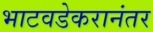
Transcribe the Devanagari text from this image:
भाटवडेकरानंतर